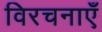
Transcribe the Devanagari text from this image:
विरचनाएँ